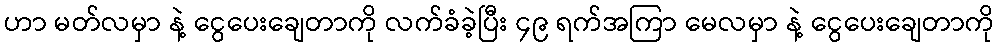
ဟာ မတ်လမှာ နဲ့ ငွေပေးချေတာကို လက်ခံခဲ့ပြီး ၄၉ ရက်အကြာ မေလမှာ နဲ့ ငွေပေးချေတာကို